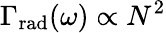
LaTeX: \Gamma_{\mathrm{rad}}(\omega)\propto N^{2}